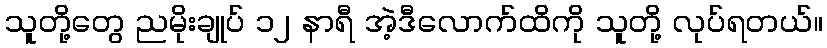
သူတို့တွေ ညမိုးချုပ် ၁၂ နာရီ အဲ့ဒီလောက်ထိကို သူတို့ လုပ်ရတယ်။